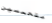
متحمسين